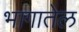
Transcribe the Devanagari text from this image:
भागातेल